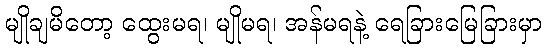
မျိုချမိတော့ ထွေးမရ၊ မျိုမရ၊ အန်မရနဲ့ ရေခြားမြေခြားမှာ